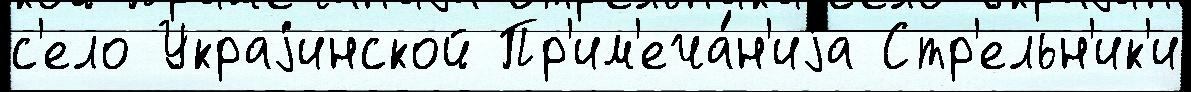
с'ело Украjинской Пр'им'еча́н'иjа Стр'ельн'ик'и